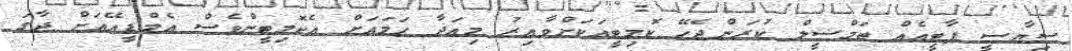
ސިޔާސީ ޕާޓީއެއް ތަމްސީލް ކުރަންޖެހޭ ކޮމިޓީއަކަށްވާއިރު މިއަދާ ހަމައަށް އެކޮމިޓީންވެސް އެމްޑީއޭއަށް ޖާގަ